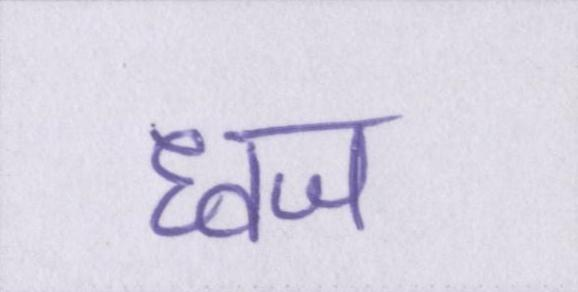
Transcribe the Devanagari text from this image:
ध्वज